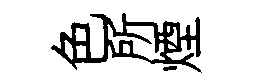
色所煙